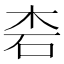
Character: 𱣆